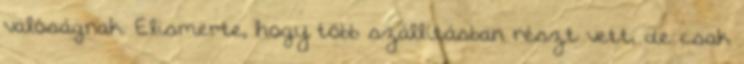
valóságnak. Elismerte, hogy több szállításban részt vett, de csak